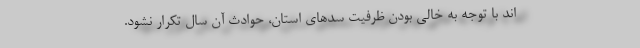
اند با توجه به خالی بودن ظرفیت سدهای استان، حوادث آن سال تکرار نشود.